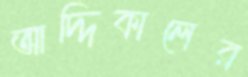
আদ্দিকালের